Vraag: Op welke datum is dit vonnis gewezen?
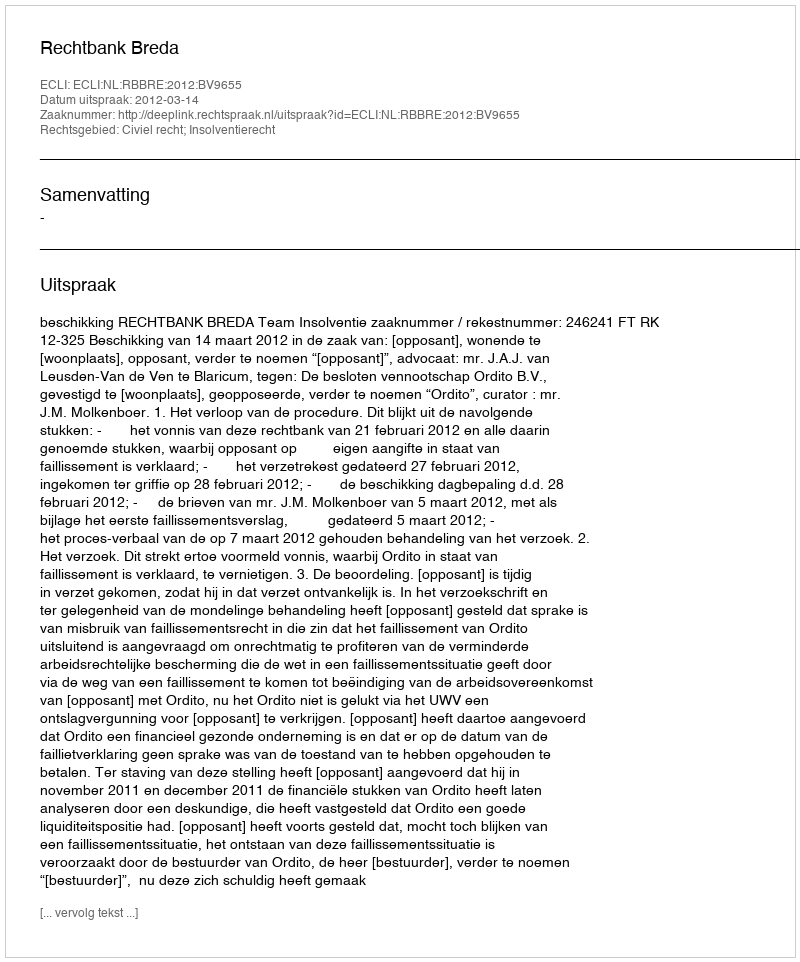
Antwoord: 2012-03-14